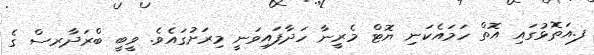
ފ.އަތޮޅުގައި އޮތް ހަމައެކަނި ޔޮޓް މެރީނާ ހަދާފައިވަނީ މިރަށުގައެވެ. ވީބީ ބްރަދާރސް ގެ